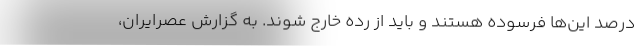
درصد این‌ها فرسوده هستند و باید از رده خارج شوند. به گزارش عصرایران،